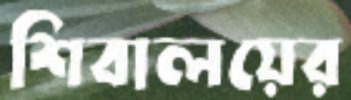
শিবালয়ের